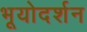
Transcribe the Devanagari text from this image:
भूयोदर्शन